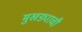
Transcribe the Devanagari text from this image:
मुखड्याची